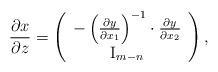
LaTeX: \begin{align*}\frac{\partial x}{\partial z}=\left(\begin{array}{c}-\left(\frac{\partial y}{\partial x_{1}}\right)^{-1}\cdot\frac{\partial y}{\partial x_{2}}\\\mathrm{I}_{m-n}\end{array}\right),\end{align*}